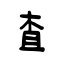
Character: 査